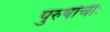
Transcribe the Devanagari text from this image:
पुरुषांचीः